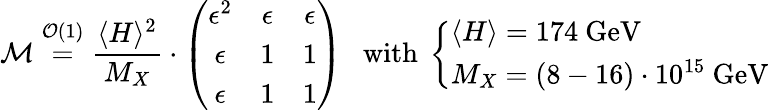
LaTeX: {\cal M}\stackrel{{\cal O}(1)}{=}\frac{\langle H\rangle^{2}}{M_{X}}\cdot\left(\begin{array}{ccc}{{\epsilon^{2}}}&{{\epsilon}}&{{\epsilon}}\\ {{\epsilon}}&{{1}}&{{1}}\\ {{\epsilon}}&{{1}}&{{1}}\end{array}\right)\ \ \ \mathrm{with~}\left\{ \begin{array}{l}{{\langle H\rangle=174\mathrm{~GeV}}}\\ {{M_{X}=(8-16)\cdot 10^{15}\mathrm{~GeV}}}\end{array}\right.